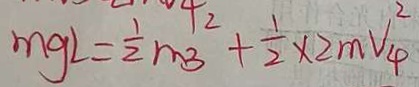
m g L = \frac { 1 } { 2 } m _ { 3 } + \frac { 1 } { 2 } \times 2 m V _ { 4 } ^ { 2 }